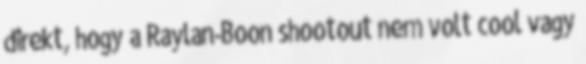
direkt, hogy a Raylan-Boon shootout nem volt cool vagy